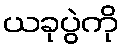
ယခုပွဲကို